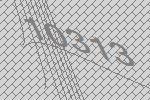
10313